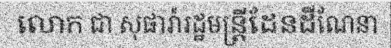
លោក ជា សុផារ៉ារដ្ឋមន្ត្រីដែនដីណែនា